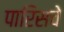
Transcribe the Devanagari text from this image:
पारिसचे